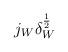
LaTeX: \begin{align*}j_{W}\delta _{W}^{\frac{1}{2}}\end{align*}